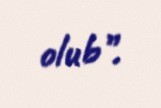
olub”.